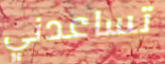
تساعدني